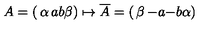
A = \left( \begin{matrix} { \alpha } & { a } \\ { b } & { \beta } \\ \end{matrix} \right) \mapsto \overline { { A } } = \left( \begin{matrix} { \beta } & { - a } \\ { - b } & { \alpha } \\ \end{matrix} \right)